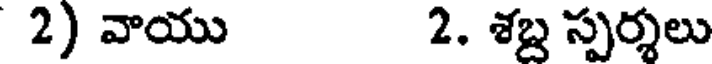
2) వాయు 2. శబ్ద స్పర్శలు